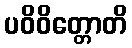
ပဝိဝိတ္တောတိ